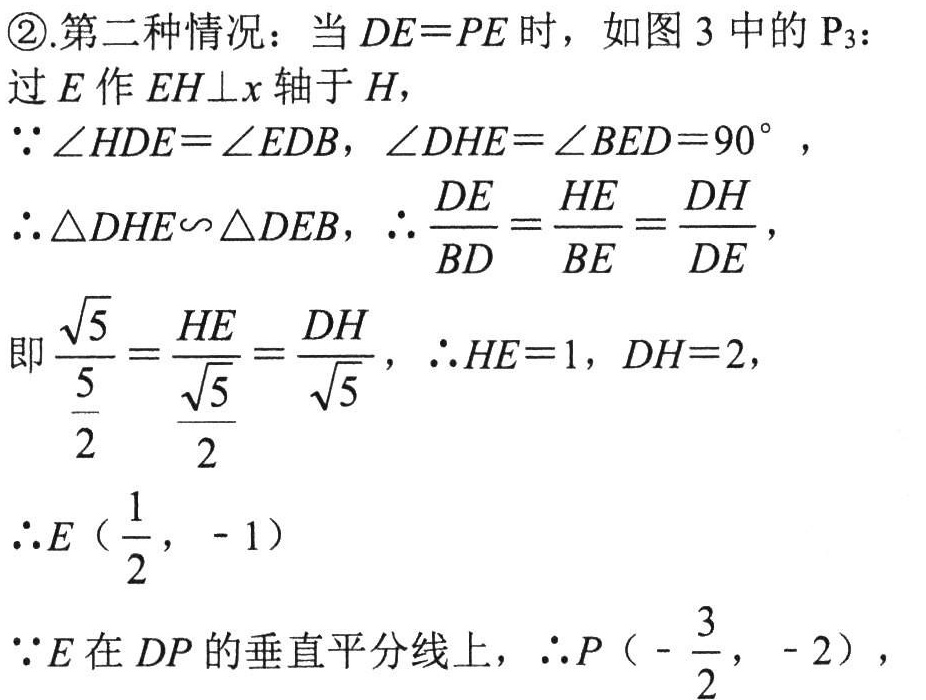
\textcircled{2}.第二种情况：当 \(DE = PE\) 时，如图 3 中的 \(P_{3}\)：
过 \(E\) 作 \(EH\perp x\) 轴于 \(H\)，
\(\because\angle HDE=\angle EDB\)，\(\angle DHE = \angle BED = 90^{\circ}\)，
\(\therefore\triangle DHE\backsim\triangle DEB\)，\(\therefore\frac{DE}{BD}=\frac{HE}{BE}=\frac{DH}{DE}\)，
即\(\frac{\sqrt{5}}{\frac{5}{2}}=\frac{HE}{\frac{\sqrt{5}}{2}}=\frac{DH}{\sqrt{5}}\)，\(\therefore HE = 1\)，\(DH = 2\)，
\(\therefore E\left(\frac{1}{2}, - 1\right)\)
\(\because E\) 在 \(DP\) 的垂直平分线上，\(\therefore P\left(-\frac{3}{2}, - 2\right)\)，